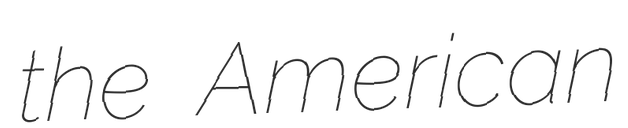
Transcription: the American